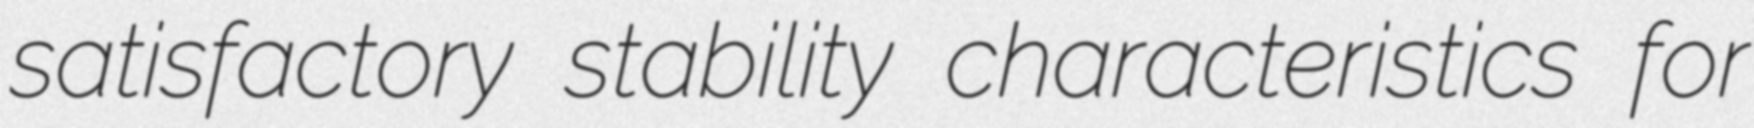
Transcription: satisfactory stability characteristics for